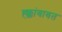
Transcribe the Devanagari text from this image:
ह्क्कांबाबत